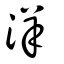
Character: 洋